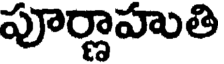
పూర్ణాహుతి